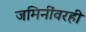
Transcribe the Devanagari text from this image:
जमिनींवरही